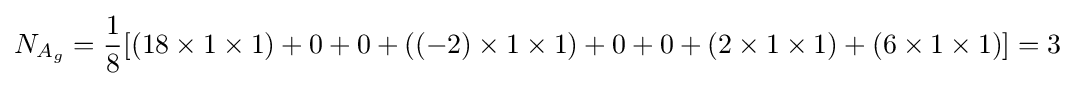
N_{A_{g}}={\frac {1}{8}}[(18\times 1\times 1)+0+0+((-2)\times 1\times 1)+0+0+(2\times 1\times 1)+(6\times 1\times 1)]=3